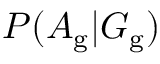
P ( A _ { \mathrm { g } } | G _ { \mathrm { g } } )